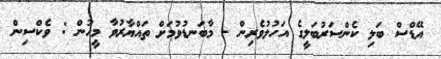
އޭޑްސް ބަލި ކެންސަރުބަލީގެ އަހުލުވެރިން - މާބަނޑުވުމަށް ތައްޔާރުވާ މީހުން : ވެކްސިން